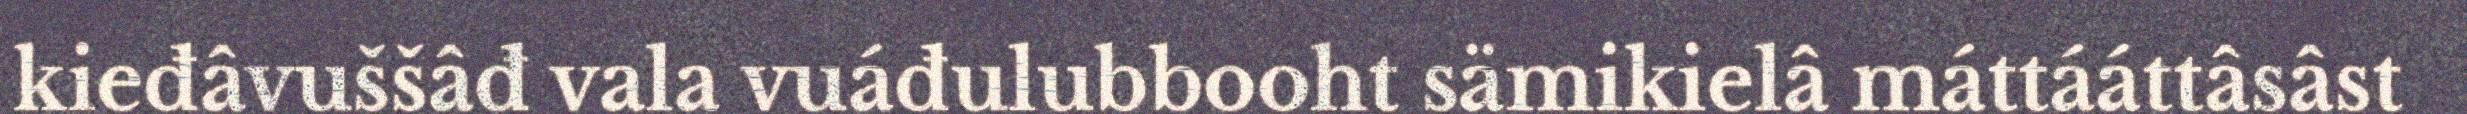
kieđâvuššâđ vala vuáđulubbooht sämikielâ máttááttâsâst